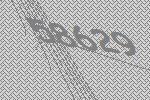
58629